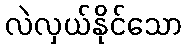
လဲလှယ်နိုင်သော